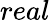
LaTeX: real